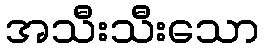
အသီးသီးသော